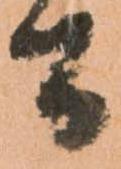
間